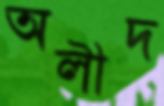
অলীদ